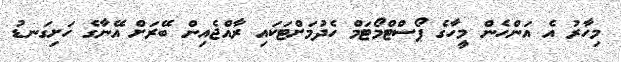
މިހާރު އެ އަންހެން މީހާގެ ޕޯސްޓްމޯޓަމް ހެދުމަށްޓަކައި ރާއްޖެއިން ބޭރަށް އޭނާގެ ހަށިގަނޑު